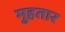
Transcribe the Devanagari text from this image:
मुहतार